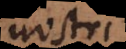
nostri